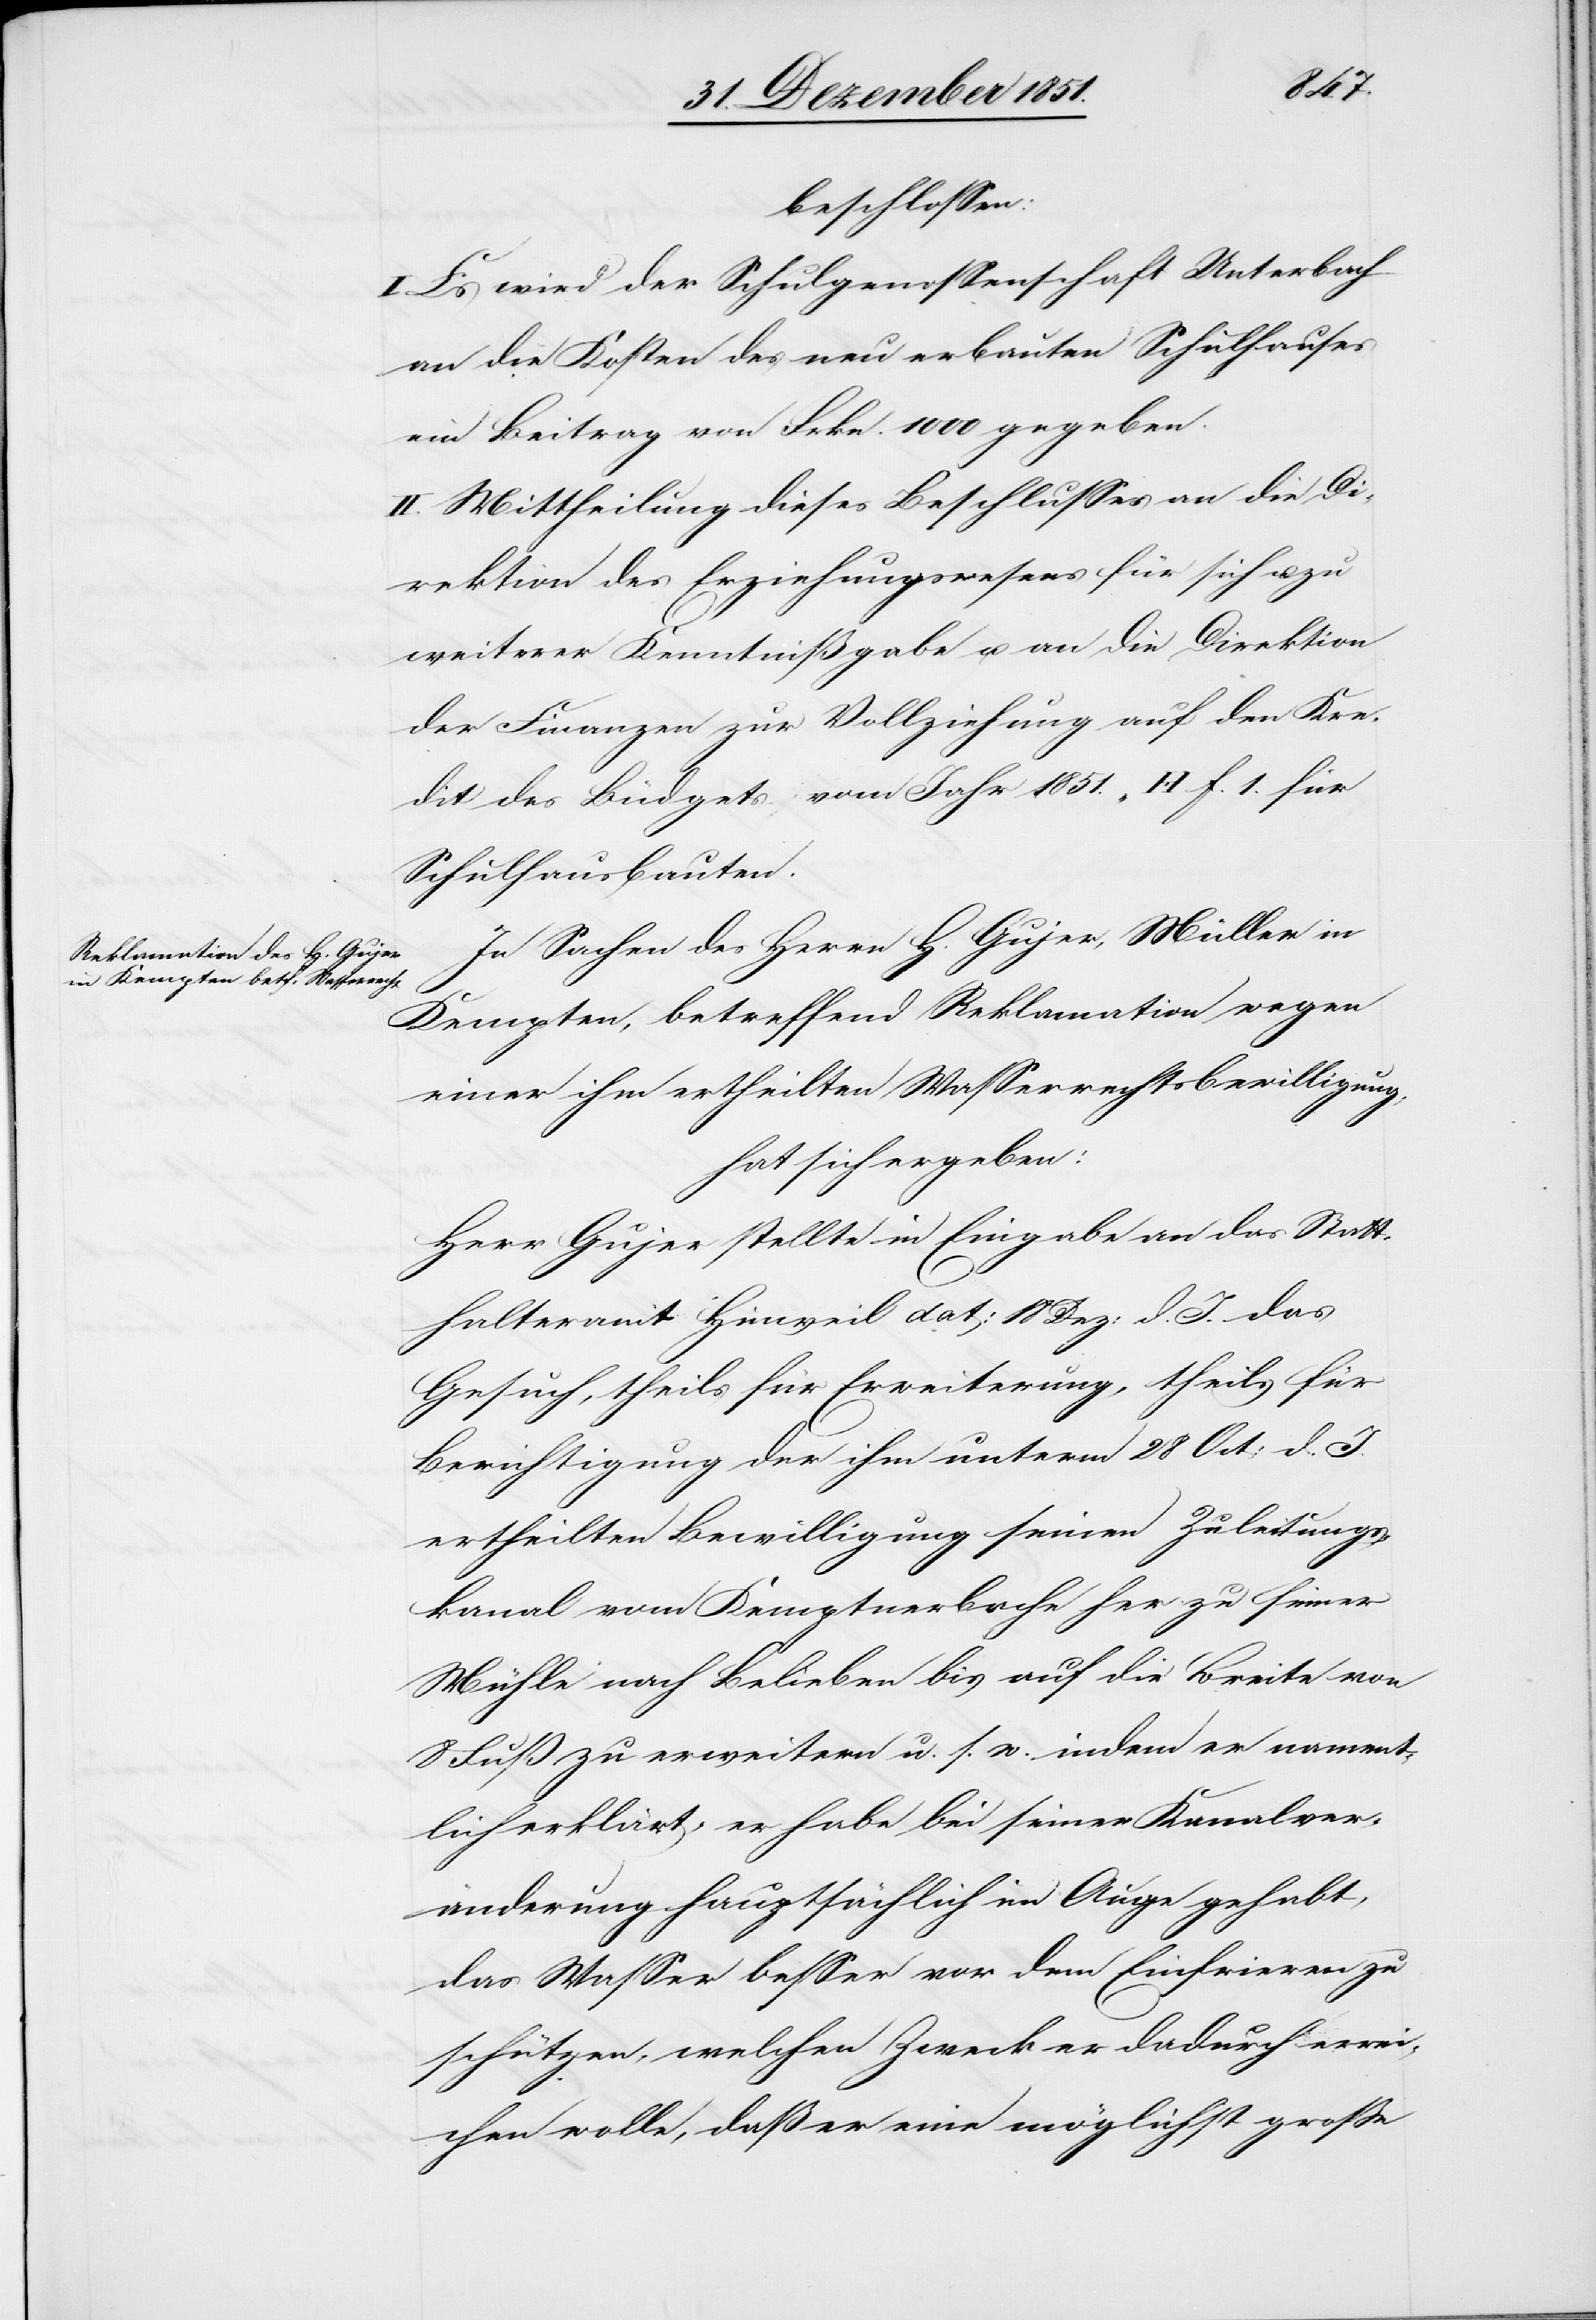
beschlossen:
I. Es wird der Schulgenossenschaft Unterbach
an die Kosten des neu erbauten Schulhauses
ein Beitrag von Frkn. 1000 gegeben.
II. Mittheilung dieses Beschlusses an die Di¬
rektion des Erziehungswesens für sich u. zu
weiterer Kenntnißgabe u. an die Direktion
der Finanzen zur Vollziehung auf den Kre¬
dit des Büdgets vom Jahr 1851., H f. 1. für
Schulhausbauten.
In Sachen des Herrn H. Gujer, Müller in
Kempten, betreffend Reklamation wegen
einer ihm ertheilten Wasserrechtsbewilligung,
hat sich ergeben:
Herr Gujer stellte in Eingabe an das Statt¬
halteramt Hinweil dat: 18 Dez: d. J. das
Gesuch, theils für Erweiterung, theils für
Berichtigung der ihm unterm 28 Oct: d. J.
ertheilten Bewilligung seinen Zuleitungs¬
kanal vom Kemptnerbache her zu seiner
Mühle nach Belieben bis auf die Breite von
8 Fuß zu erweitern u. s. w. indem er nament¬
lich erklärt, er habe bei seiner Kanalver¬
änderung hauptsächlich im Auge gehabt,
das Wasser besser vor dem Einfrieren zu
schützen, welchen Zweck er dadurch errei¬
chen wolle, daß er eine möglichst große